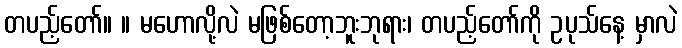
တပည့်တော်။ ။ မဟောလို့လဲ မဖြစ်တော့ဘူးဘုရား၊ တပည့်တော်ကို ဥပုသ်နေ့ မှာလဲ